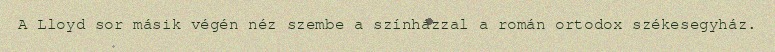
A Lloyd sor másik végén néz szembe a színházzal a román ortodox székesegyház.